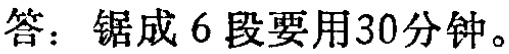
答：锯成 6 段要用30分钟。